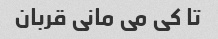
تا کی می مانی قربان